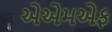
એએમએફ